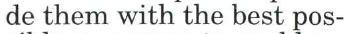
de them with the best pos-